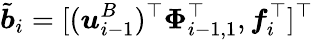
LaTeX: \tilde{\boldsymbol{b}}_{i}=[(\boldsymbol{u}_{i-1}^{B})^{\top}\boldsymbol{\Phi}_{i-1,1}^{\top},\boldsymbol{f}_{i}^{\top}]^{\top}